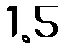
1.5